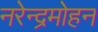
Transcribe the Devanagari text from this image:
नरेन्द्रमोहन